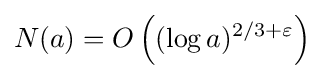
N(a)=O\left((\log a)^{2/3+\varepsilon }\right)